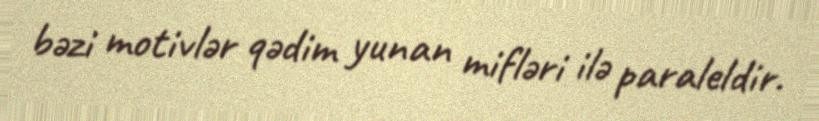
bəzi motivlər qədim yunan mifləri ilə paraleldir.